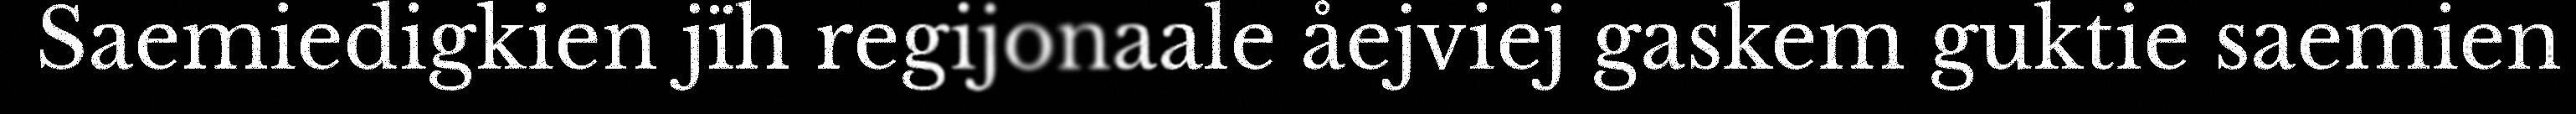
Saemiedigkien jïh regijonaale åejviej gaskem guktie saemien